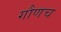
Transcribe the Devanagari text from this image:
गौणच